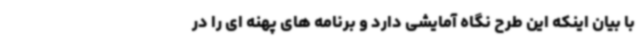
با بیان اینکه این طرح نگاه آمایشی دارد و برنامه های پهنه ای را در